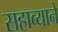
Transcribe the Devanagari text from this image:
सहाव्याने